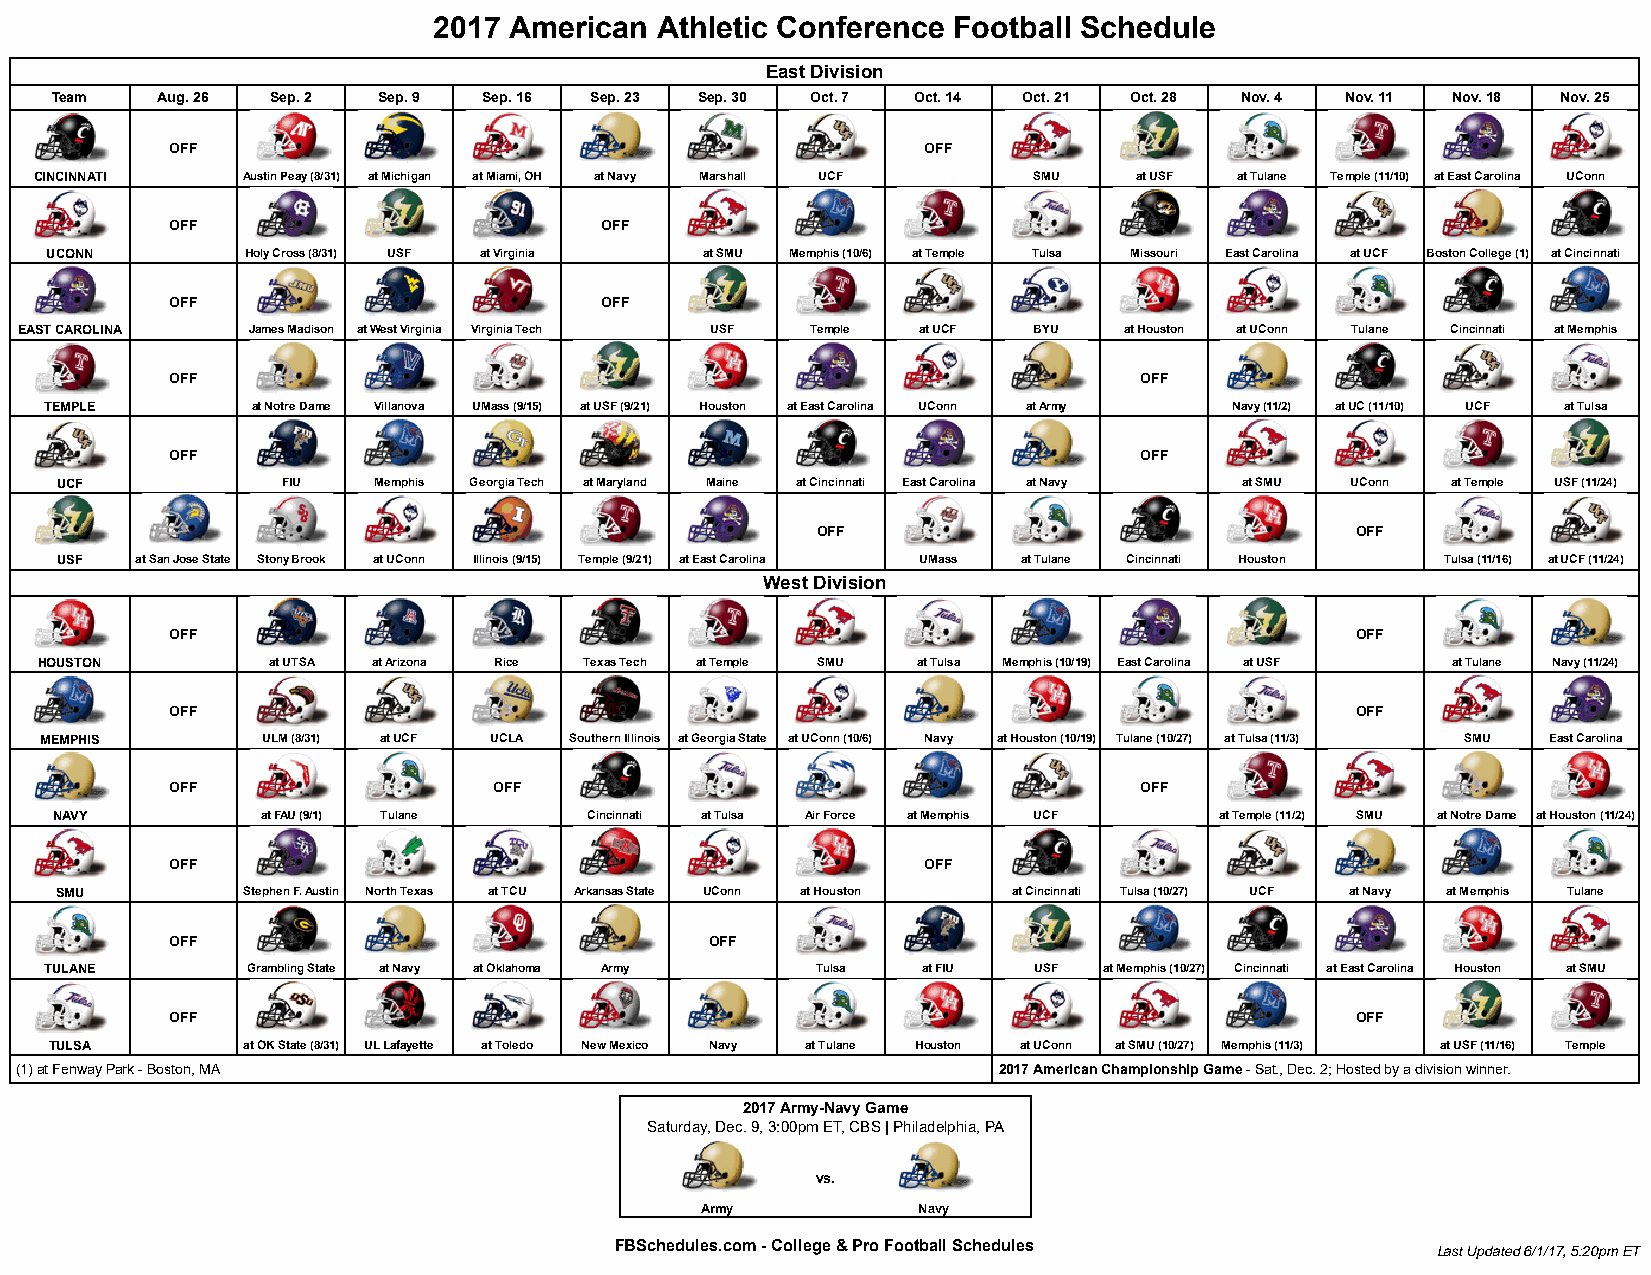
2017 American Athletic Conference Football Schedule
 East Division
 Team   Aug. 26 Sep. 2 Sep. 9 Sep. 16 Sep. 23 Sep. 30 Oct. 7 Oct. 14 Oct. 21 Oct. 28 Nov. 4 Nov. 11 Nov. 18 Nov. 25
 OFF                                               OFF
 CINCINNATI    Austin Peay (8/31) at Michigan at Miami, OH at Navy Marshall UCF SMU at USF at Tulane Temple (11/10) at East Carolina UConn
 OFF                          OFF
 UCONN        Holy Cross (8/31) USF at Virginia at SMU Memphis (10/6) at Temple Tulsa Missouri East Carolina at UCF Boston College (1) at Cincinnati
 OFF                          OFF
 EAST CAROLINA  James Madison at West Virginia Virginia Tech USF Temple at UCF BYU at Houston at UConn Tulane Cincinnati at Memphis
 OFF                                                             OFF
 TEMPLE        at Notre Dame Villanova UMass (9/15) at USF (9/21) Houston at East Carolina UConn at Army Navy (11/2) at UC (11/10) UCF at Tulsa
 OFF                                                             OFF
 UCF            FIU   Memphis Georgia Tech at Maryland Maine at Cincinnati East Carolina at Navy at SMU UConn at Temple USF (11/24)
 OFF                                 OFF
 USF  at San Jose State Stony Brook at UConn Illinois (9/15) Temple (9/21) at East Carolina UMass at Tulane Cincinnati Houston Tulsa (11/16) at UCF (11/24)
 West Division
 OFF                                                                            OFF
 HOUSTON        at UTSA at Arizona Rice Texas Tech at Temple SMU at Tulsa Memphis (10/19) East Carolina at USF at Tulane Navy (11/24)
 OFF                                                                            OFF
 MEMPHIS       ULM (8/31) at UCF UCLA Southern Illinois at Georgia State at UConn (10/6) Navy at Houston (10/19) Tulane (10/27) at Tulsa (11/3) SMU East Carolina
 OFF                   OFF                                       OFF
 NAVY          at FAU (9/1) Tulane   Cincinnati at Tulsa Air Force at Memphis UCF at Temple (11/2) SMU at Notre Dame at Houston (11/24)
 OFF                                               OFF
 SMU         Stephen F. Austin North Texas at TCU Arkansas State UConn at Houston at Cincinnati Tulsa (10/27) UCF at Navy at Memphis Tulane
 OFF                                 OFF
 TULANE       Grambling State at Navy at Oklahoma Army Tulsa at FIU USF at Memphis (10/27) Cincinnati at East Carolina Houston at SMU
 OFF                                                                            OFF
 TULSA        at OK State (8/31) UL Lafayette at Toledo New Mexico Navy at Tulane Houston at UConn at SMU (10/27) Memphis (11/3) at USF (11/16) Temple
 (1) at Fenway Park - Boston, MA                                  2017 American Championship Game - Sat., Dec. 2; Hosted by a division winner.
 2017 Army-Navy Game
 Saturday, Dec. 9, 3:00pm ET, CBS | Philadelphia, PA
 vs.
 Army           Navy
 FBSchedules.com - College & Pro Football Schedules
 Last Updated 6/1/17, 5:20pm ET